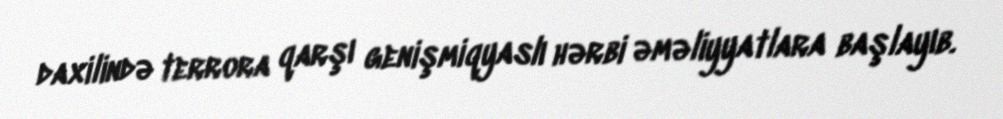
daxilində terrora qarşı genişmiqyaslı hərbi əməliyyatlara başlayıb.